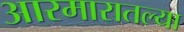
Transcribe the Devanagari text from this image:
आरमारातल्या